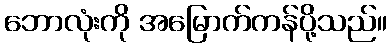
ဘောလုံးကို အမြောက်ကန်ပို့သည်။